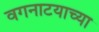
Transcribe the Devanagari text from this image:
वगनाटयाच्या